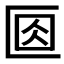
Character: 𠤽